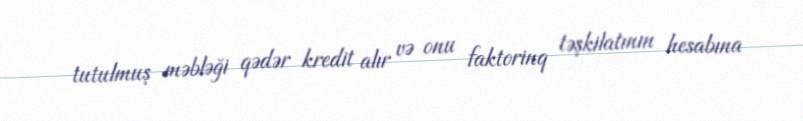
tutulmuş məbləği qədər kredit alır və onu faktorinq təşkilatının hesabına